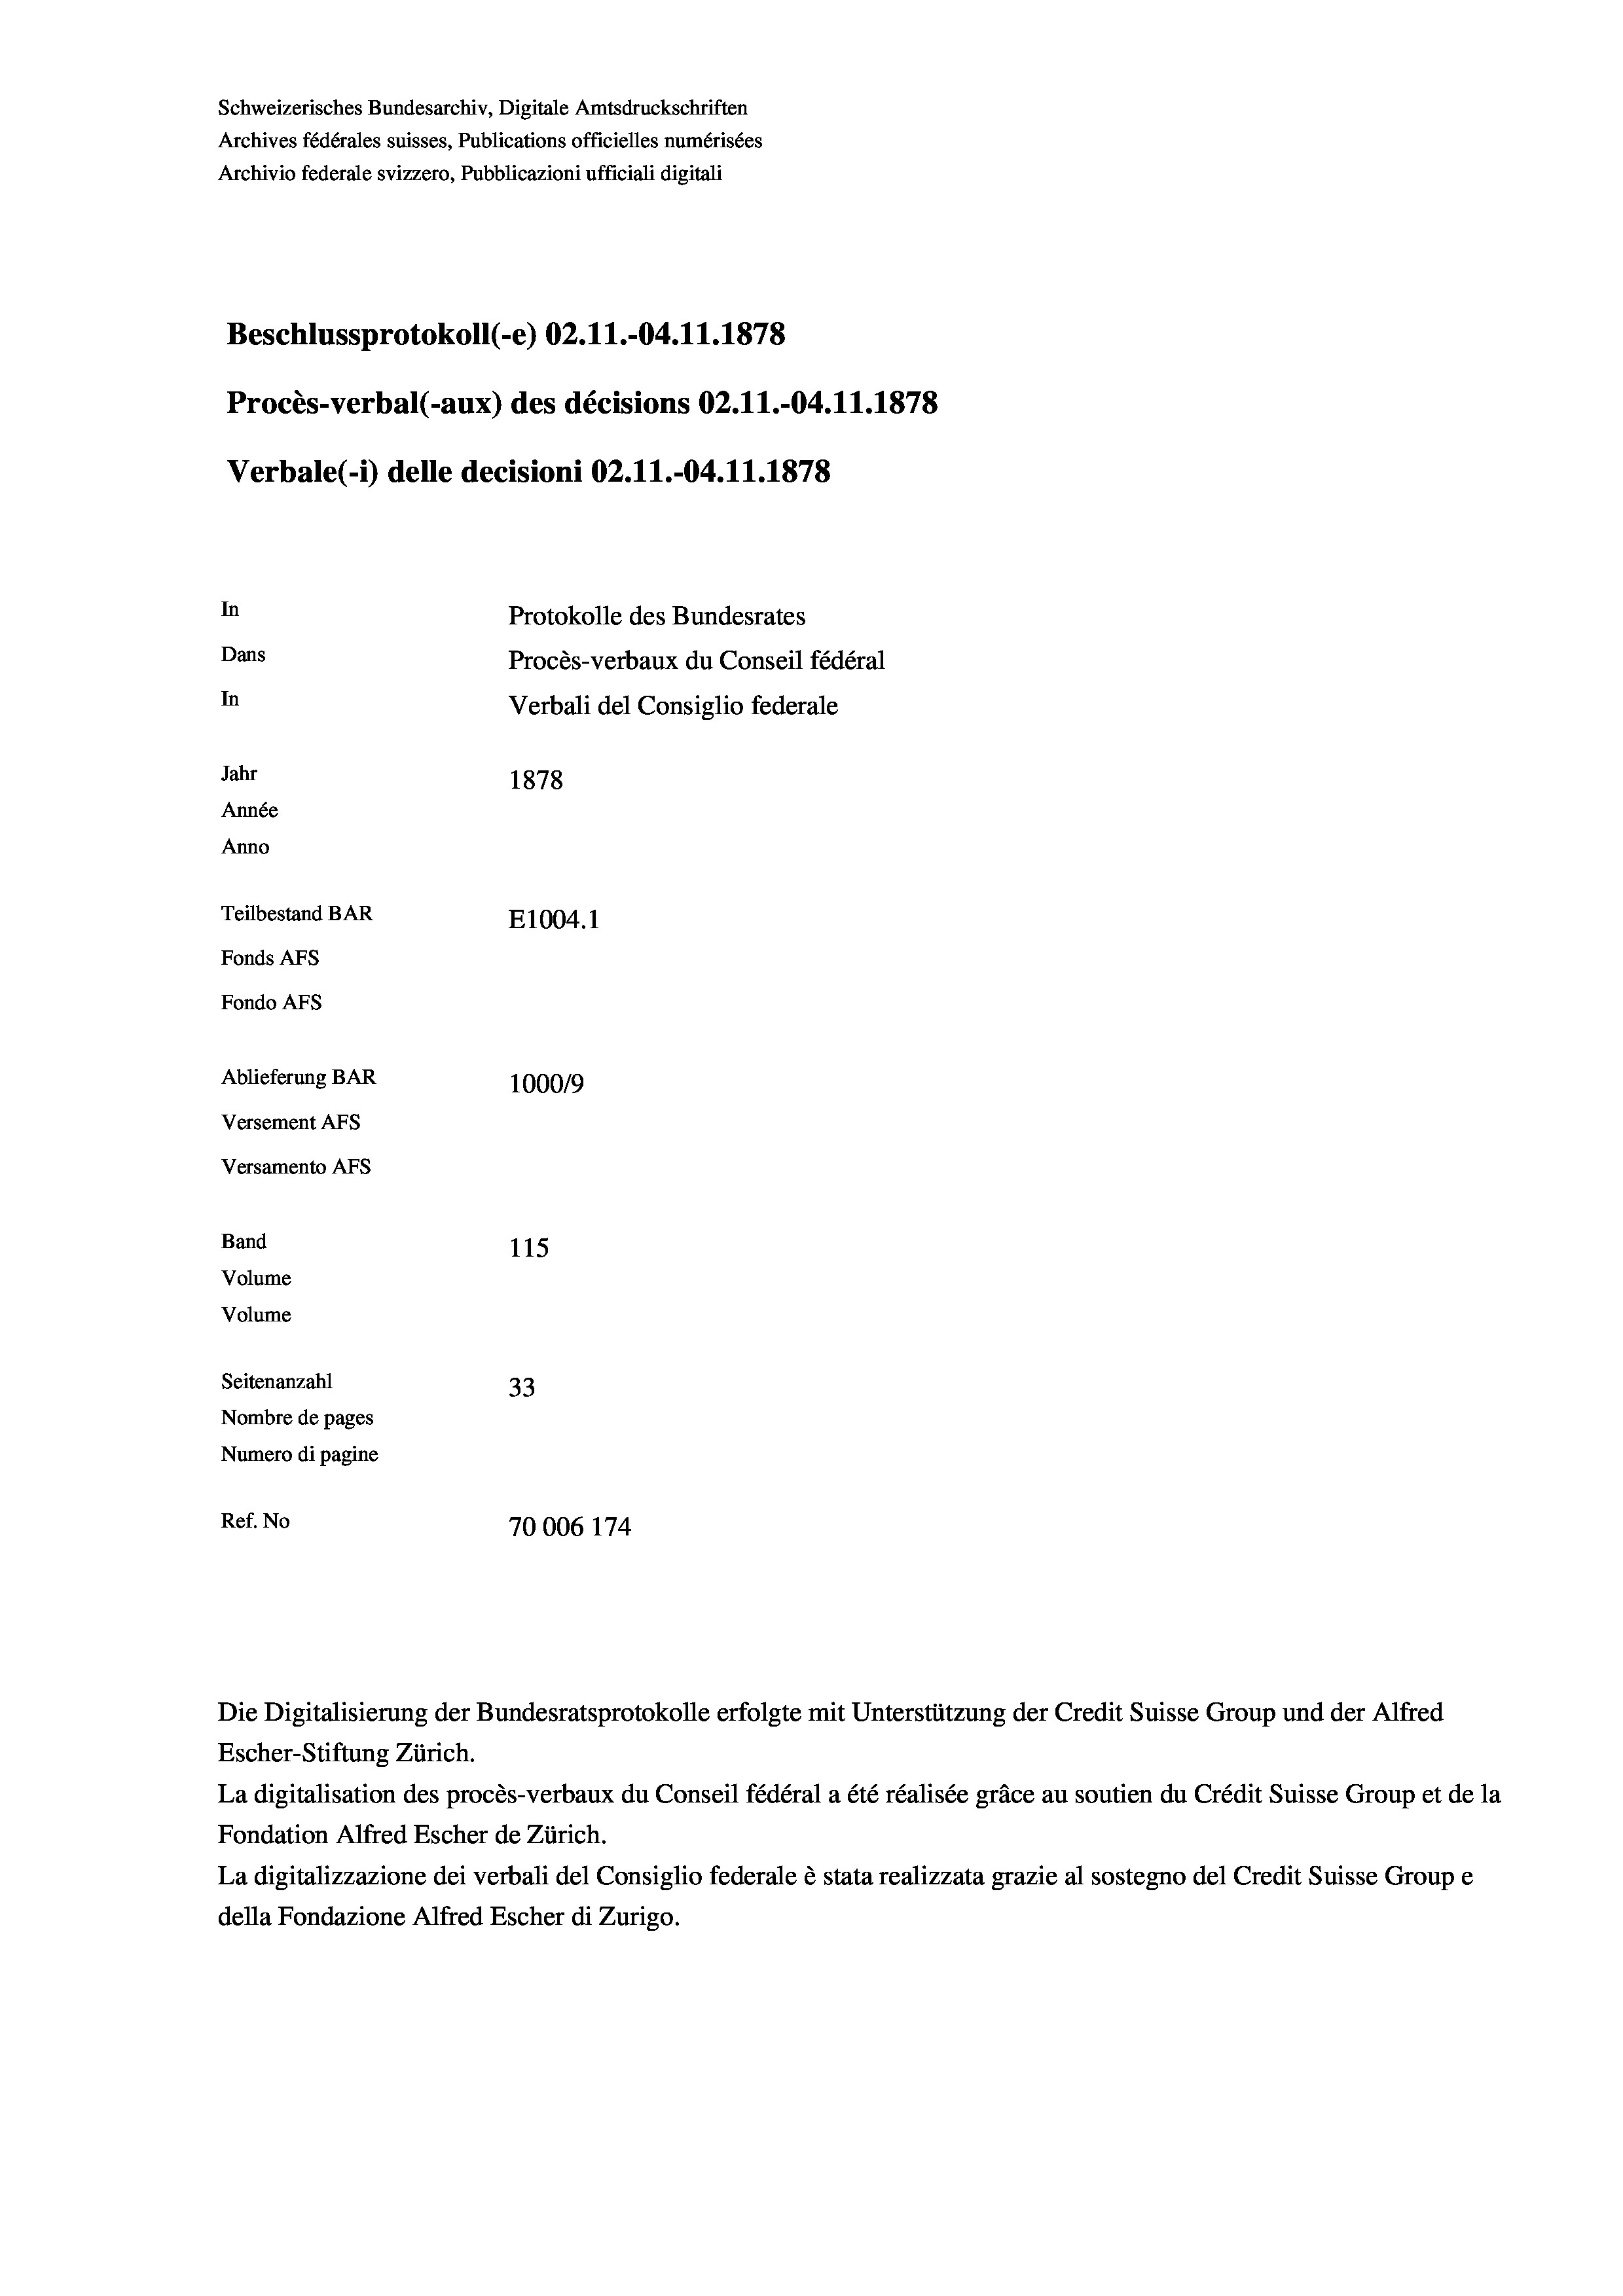
Schweizerisches Bundesarchiv, Digitale Amtsdruckschriften
Archives fédérales suisses, Publications officielles numérisées
Archivio federale svizzero, Pubblicazioni ufficiali digitali
Beschlussprotokoll (-e) 02.11.-04.11.1878
Procès-verbal (-aux) des décisions 02.11.-04.11.1878
Verbale(-*) delle decisioni 02.11.-04.11.1878
In
Protokolle des Bundesrates
Dans
Procès-verbaux du Conseil fédéral
In
Verbali del Consiglio federale
Jahr
1878
Année
Anno
Teilbestand BAR
E1004. 1
Fonds Afs
Fondo AFS
Ablieferung BAR
100019
Versement As
Versamento AFs
Band
115
Volume
Volume
Seitenanzahl
33
Nombre de pages
Numero di pagine
Ref. No
70006 174

Escher-Stiftung Zürich.
La digitalisation des procès-verbaux du Conseil fédéral a été réalisée gräce au soutien du Crédit Suisse Group et de la
Fondation Alfred Escher de Zürich.
La digitalizzazione dei verbali del Consiglio federale è stata realizzata grazie al sostegno del Credit Suisse Groupe
della Fondazione Alfred Escher di Zurigo.

Die Digitalisierung der Bundesratsprotokolle erfolgte mit Unterstützung der Credit Suisse Group und der Alfred